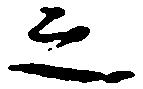
之